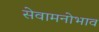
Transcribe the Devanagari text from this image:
सेवामनोभाव